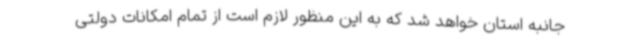
جانبه استان خواهد شد که به این منظور لازم است از تمام امکانات دولتی